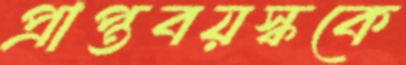
প্রাপ্তবয়স্ককে